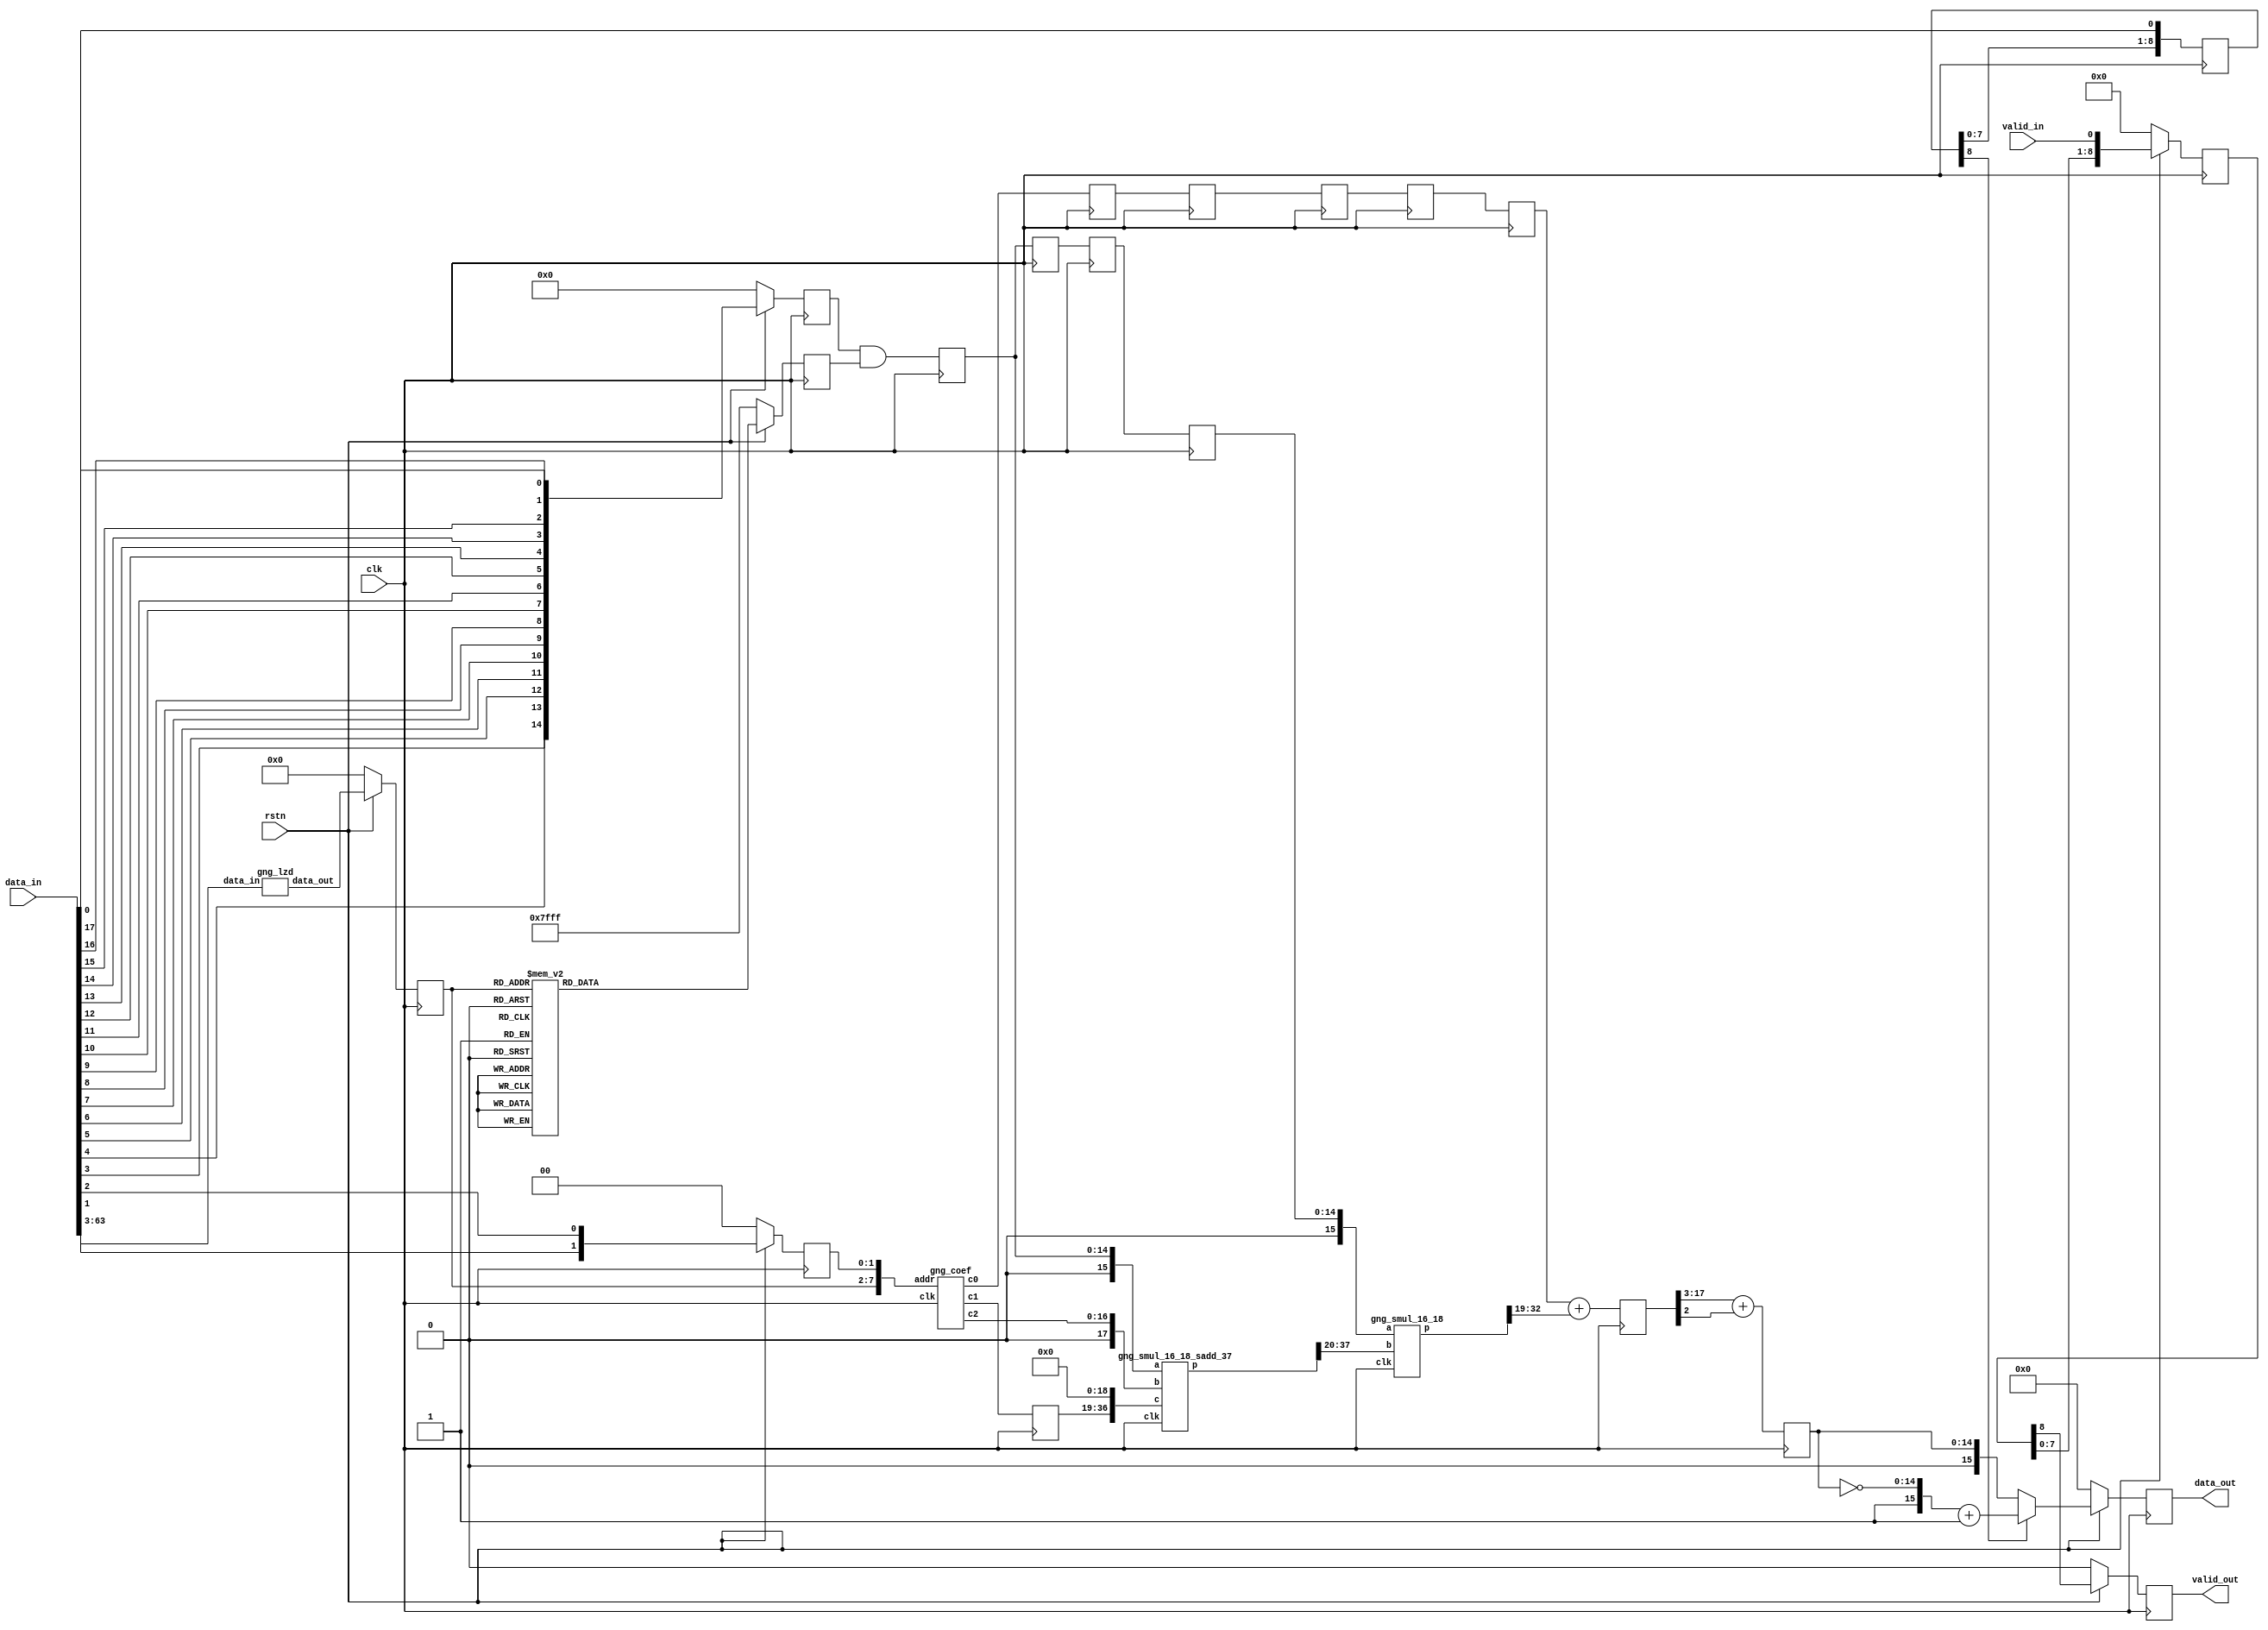

module gng_interp (
    // System signals
    input clk,                    // system clock
    input rstn,                   // system synchronous reset, active low

    // Data interface
    input valid_in,               // input data valid
    input [63:0] data_in,         // input data
    output reg valid_out,         // output data valid
    output reg [15:0] data_out    // output data, s<16,11>
);

// Local variables
wire [5:0] num_lzd;
reg [5:0] num_lzd_r;
reg [14:0] mask;
reg [1:0] offset;
wire [7:0] addr;
wire [17:0] c0;    // u<18,14>
wire [17:0] c1;    // s<18,19>
wire [16:0] c2;    // u<17,23>
reg [14:0] x;      // u<15,15>
reg [14:0] x_r1, x_r2, x_r3, x_r4;   // u<15,15>
reg [17:0] c1_r1;    // s<18,19>
wire [37:0] sum1;    // s<38,38>
wire [17:0] sum1_new;    // s<18,18>
wire [33:0] mul1;    // s<34,33>
wire signed [13:0] mul1_new;    // s<14,14>
reg [17:0] c0_r1, c0_r2, c0_r3, c0_r4, c0_r5;   // u<18,14>
reg signed [18:0] sum2;    // s<19,14>
reg [14:0] sum2_rnd;    // u<15,11>
reg [8:0] sign_r;
reg [8:0] valid_in_r;


// Leading zero detector
gng_lzd u_gng_lzd (
    .data_in(data_in[63:3]),
    .data_out(num_lzd)
);

always @ (posedge clk) begin
    if (!rstn)
        num_lzd_r <= 6'd0;
    else
        num_lzd_r <= num_lzd;
end


// Get mask for value x
always @ (posedge clk) begin
    if (!rstn)
        mask <= 15'b111111111111111;
    else begin
        case (num_lzd_r)
            6'd61:   mask <= 15'b111111111111111;
            6'd60:   mask <= 15'b011111111111111;
            6'd59:   mask <= 15'b101111111111111;
            6'd58:   mask <= 15'b110111111111111;
            6'd57:   mask <= 15'b111011111111111;
            6'd56:   mask <= 15'b111101111111111;
            6'd55:   mask <= 15'b111110111111111;
            6'd54:   mask <= 15'b111111011111111;
            6'd53:   mask <= 15'b111111101111111;
            6'd52:   mask <= 15'b111111110111111;
            6'd51:   mask <= 15'b111111111011111;
            6'd50:   mask <= 15'b111111111101111;
            6'd49:   mask <= 15'b111111111110111;
            6'd48:   mask <= 15'b111111111111011;
            6'd47:   mask <= 15'b111111111111101;
            6'd46:   mask <= 15'b111111111111110;
            default: mask <= 15'b111111111111111;
        endcase
    end
end


// Generate table address and coefficients
always @ (posedge clk) begin
    if (!rstn)
        offset <= 2'd0;
    else
        offset <= {data_in[1], data_in[2]};
end

assign addr = {num_lzd_r, offset};

gng_coef u_gng_coef (
    .clk(clk),
    .addr(addr),
    .c0(c0),
    .c1(c1),
    .c2(c2)
);


// Data delay
always @ (posedge clk) begin
    if (!rstn)
        x <= 15'd0;
    else
        x <= {data_in[3], data_in[4], data_in[5], data_in[6], data_in[7],
              data_in[8], data_in[9], data_in[10], data_in[11], data_in[12],
              data_in[13], data_in[14], data_in[15], data_in[16], data_in[17]};
end

always @ (posedge clk) begin
    x_r1 <= x & mask;
    x_r2 <= x_r1;
    x_r3 <= x_r2;
    x_r4 <= x_r3;
end

always @ (posedge clk) begin
    c1_r1 <= c1;
end

always @ (posedge clk) begin
    c0_r1 <= c0;
    c0_r2 <= c0_r1;
    c0_r3 <= c0_r2;
    c0_r4 <= c0_r3;
    c0_r5 <= c0_r4;
end

always @ (posedge clk) begin
    sign_r <= {sign_r[7:0], data_in[0]};
end

always @ (posedge clk) begin
    if (!rstn)
        valid_in_r <= 9'd0;
    else
        valid_in_r <= {valid_in_r[7:0], valid_in};
end


// Polynomial interpolation of order 2
gng_smul_16_18_sadd_37 u_gng_smul_16_18_sadd_37 (
    .clk(clk),
    .a({1'b0, x_r1}),
    .b({1'b0, c2}),
    .c({c1_r1, 19'd0}),
    .p(sum1)
);

assign sum1_new = sum1[37:20];

gng_smul_16_18 u_gng_smul_16_18 (
    .clk(clk),
    .a({1'b0, x_r4}),
    .b(sum1_new),
    .p(mul1)
);

assign mul1_new = mul1[32:19];

always @ (posedge clk) begin
    sum2 <= $signed({1'b0, c0_r5}) + mul1_new;
end

always @ (posedge clk) begin
    sum2_rnd <= sum2[17:3] + sum2[2];
end


// Output data
always @ (posedge clk) begin
    if (!rstn)
        valid_out <= 1'b0;
    else
        valid_out <= valid_in_r[8];
end

always @ (posedge clk) begin
    if (!rstn)
        data_out <= 16'd0;
    else if (sign_r[8])
        data_out <= {1'b1, ~sum2_rnd} + 1'b1;
    else
        data_out <= {1'b0, sum2_rnd};
end


endmodule
module gng_smul_16_18 (
    // System signals
    input clk,                  // system clock

    // Data interface
    input [15:0] a,             // multiplicand
    input [17:0] b,             // multiplicator
    output [33:0] p             // result
);

// Behavioral model
reg signed [15:0] a_reg;
reg signed [17:0] b_reg;
reg signed [33:0] prod;

always @ (posedge clk) begin
    a_reg <= a;
    b_reg <= b;
end

always @ (posedge clk) begin
    prod <= a_reg * b_reg;
end

assign p = prod;


endmodule
module gng_smul_16_18_sadd_37 (
    // System signals
    input clk,                  // system clock

    // Data interface
    input [15:0] a,             // multiplicand
    input [17:0] b,             // multiplicator
    input [36:0] c,             // adder
    output [37:0] p             // result
);

// Behavioral model
reg signed [15:0] a_reg;
reg signed [17:0] b_reg;
reg signed [36:0] c_reg;
reg signed [33:0] prod;
wire signed [37:0] sum;
reg [37:0] result;

always @ (posedge clk) begin
    a_reg <= a;
    b_reg <= b;
    c_reg <= c;
end

always @ (posedge clk) begin
    prod <= a_reg * b_reg;
end

assign sum = c_reg + prod;

always @ (posedge clk) begin
    result <= sum;
end

assign p = result;


endmodule
module gng_coef (
    // System signals
    input clk,                    // system clock

    // Data interface
    input [7:0] addr,             // read address
    output reg [17:0] c0,         // coefficient c0, u<18,14>
    output reg [17:0] c1,         // coefficient c1, s<18,19>
    output reg [16:0] c2          // coefficient c2, u<17,23>
);

// Local variables
reg [52:0] d;    // {c0, c1, c2}


// Table
always @ (*) begin
    case (addr)
        8'd0  : d = 53'b000010101100101001_100110111110001110_10100011110000000;
        8'd1  : d = 53'b000001111101000111_101001011111011001_01011111011110011;
        8'd2  : d = 53'b000001010001100100_101010111101101110_00110010101000000;
        8'd3  : d = 53'b000000101000010001_101011101111111001_00001111111010011;
        8'd4  : d = 53'b000100100110011110_101100101100100010_10101101110011100;
        8'd5  : d = 53'b000100000010100011_101111010111110111_01110101000001100;
        8'd6  : d = 53'b000011100011000111_110001001011101011_01010011011010011;
        8'd7  : d = 53'b000011000110110001_110010011110011100_00111101101011001;
        8'd8  : d = 53'b000110001000101110_101111110110101010_10100011001000110;
        8'd9  : d = 53'b000101101010111101_110010010111100001_01101111010111011;
        8'd10 : d = 53'b000101010001011010_110100000101110001_01010000111111000;
        8'd11 : d = 53'b000100111010110110_110101010110001001_00111101100100011;
        8'd12 : d = 53'b000111011100110110_110001111001100101_10010111001100011;
        8'd13 : d = 53'b000111000010111111_110100001110101001_01100111010010101;
        8'd14 : d = 53'b000110101101000010_110101110100111010_01001011010000101;
        8'd15 : d = 53'b000110011001110111_110110111111100110_00111001011001010;
        8'd16 : d = 53'b001000100111011000_110011010110100101_10001100100110110;
        8'd17 : d = 53'b001000010000010000_110101100001001100_01011111111010010;
        8'd18 : d = 53'b000111111100110010_110111000000001000_01000101110011111;
        8'd19 : d = 53'b000111101011110111_111000000101011011_00110101001101001;
        8'd20 : d = 53'b001001101010111000_110100011100101111_10000011100100011;
        8'd21 : d = 53'b001001010101110100_110110011110011100_01011001100101001;
        8'd22 : d = 53'b001001000100001010_110111110111000110_01000001000110100;
        8'd23 : d = 53'b001000110100111000_111000110111101101_00110001100011100;
        8'd24 : d = 53'b001010101000111110_110101010011111110_01111011110111110;
        8'd25 : d = 53'b001010010101100000_110111001110000100_01010100001100011;
        8'd26 : d = 53'b001010000101010000_111000100001011001_00111101000110010;
        8'd27 : d = 53'b001001110111001111_111001011110000001_00101110011100100;
        8'd28 : d = 53'b001011100010101101_110110000000110101_01110101010001000;
        8'd29 : d = 53'b001011010000100011_110111110100011001_01001111100101010;
        8'd30 : d = 53'b001011000001011011_111001000011001010_00111001101011010;
        8'd31 : d = 53'b001010110100011010_111001111100011001_00101011110010110;
        8'd32 : d = 53'b001100011000111001_110110100110001001_01101111100010101;
        8'd33 : d = 53'b001100000111110011_111000010100000101_01001011100110010;
        8'd34 : d = 53'b001011111001100110_111001011110111001_00110110101110100;
        8'd35 : d = 53'b001011101101011011_111010010101001100_00101001100000110;
        8'd36 : d = 53'b001101001100000100_110111000101110100_01101010100010001;
        8'd37 : d = 53'b001100111011111001_111000101110110010_01001000000111110;
        8'd38 : d = 53'b001100101110011110_111001110110001010_00110100001010001;
        8'd39 : d = 53'b001100100010111110_111010101001111011_00100111100001111;
        8'd40 : d = 53'b001101111100101100_110111100001000101_01100110000110111;
        8'd41 : d = 53'b001101101101010011_111001000101101101_01000101000011110;
        8'd42 : d = 53'b001101100000100011_111010001010000011_00110001111001101;
        8'd43 : d = 53'b001101010101101000_111010111011100011_00100101110010101;
        8'd44 : d = 53'b001110101011000101_110111111000111001_01100010001010110;
        8'd45 : d = 53'b001110011100011000_111001011001101000_01000010010101101;
        8'd46 : d = 53'b001110010000001101_111010011011010001_00101111111001101;
        8'd47 : d = 53'b001110000101110011_111011001010110011_00100100010000001;
        8'd48 : d = 53'b001111010111100001_111000001101111010_01011110101000100;
        8'd49 : d = 53'b001111001001011011_111001101011001001_00111111111001110;
        8'd50 : d = 53'b001110111101110000_111010101010011000_00101110000111001;
        8'd51 : d = 53'b001110110011110011_111011011000001000_00100010111000010;
        8'd52 : d = 53'b010000000010001111_111000100000100111_01011011011100010;
        8'd53 : d = 53'b001111110100101011_111001111010101101_00111101101101001;
        8'd54 : d = 53'b001111101001011101_111010110111110001_00101100100000001;
        8'd55 : d = 53'b001111011111111001_111011100011111010_00100001101001010;
        8'd56 : d = 53'b010000101011011010_111000110001011010_01011000100010101;
        8'd57 : d = 53'b010000011110010100_111010001000101001_00111011101101101;
        8'd58 : d = 53'b010000010011100000_111011000011101110_00101011000010110;
        8'd59 : d = 53'b010000001010010010_111011101110011011_00100000100001110;
        8'd60 : d = 53'b010001010011001011_111001000000100110_01010101111001000;
        8'd61 : d = 53'b010001000110100001_111010010101001110_00111001111001011;
        8'd62 : d = 53'b010000111100000101_111011001110100000_00101001101101110;
        8'd63 : d = 53'b010000110011001011_111011110111111001_00011111100000110;
        8'd64 : d = 53'b010001111001101011_111001001110011010_01010011011101011;
        8'd65 : d = 53'b010001101101011010_111010100000101000_00111000001110110;
        8'd66 : d = 53'b010001100011010011_111011011000010001_00101000011111111;
        8'd67 : d = 53'b010001011010101100_111100000000011100_00011110100101010;
        8'd68 : d = 53'b010010011111000010_111001011011000010_01010001001101111;
        8'd69 : d = 53'b010010010011001000_111010101011000011_00110110101100101;
        8'd70 : d = 53'b010010001001010100_111011100001001011_00100111011000011;
        8'd71 : d = 53'b010010000000111110_111100001000001111_00011101101110101;
        8'd72 : d = 53'b010011000011010100_111001100110101010_01001111001001001;
        8'd73 : d = 53'b010010110111110000_111010110100101000_00110101010001111;
        8'd74 : d = 53'b010010101110001110_111011101001010101_00100110010110010;
        8'd75 : d = 53'b010010100110000111_111100001111011000_00011100111100001;
        8'd76 : d = 53'b010011100110101001_111001110001011000_01001101001101110;
        8'd77 : d = 53'b010011011011011000_111010111101011100_00110011111101110;
        8'd78 : d = 53'b010011010010000110_111011110000110110_00100101011000111;
        8'd79 : d = 53'b010011001010001101_111100010101111100_00011100001101100;
        8'd80 : d = 53'b010100001001000100_111001111011010100_01001011011010110;
        8'd81 : d = 53'b010011111110000101_111011000101100111_00110010101111010;
        8'd82 : d = 53'b010011110101000010_111011110111110011_00100100011111111;
        8'd83 : d = 53'b010011101101010110_111100011100000001_00011011100010000;
        8'd84 : d = 53'b010100101010101001_111010000100100011_01001001101111010;
        8'd85 : d = 53'b010100011111111011_111011001101001100_00110001100110000;
        8'd86 : d = 53'b010100010111000110_111011111110010000_00100011101010101;
        8'd87 : d = 53'b010100001111100110_111100100001101001_00011010111001100;
        8'd88 : d = 53'b010101001011011100_111010001101001011_01001000001010100;
        8'd89 : d = 53'b010101000000111110_111011010100010000_00110000100001100;
        8'd90 : d = 53'b010100111000010110_111100000100010001_00100010111000110;
        8'd91 : d = 53'b010100110001000001_111100100110111000_00011010010011100;
        8'd92 : d = 53'b010101101011100000_111010010101001111_01000110101011110;
        8'd93 : d = 53'b010101100001010001_111011011010111000_00101111100001000;
        8'd94 : d = 53'b010101011000110110_111100001001111000_00100010001010000;
        8'd95 : d = 53'b010101010001101011_111100101011110001_00011001110000000;
        8'd96 : d = 53'b010110001010111001_111010011100110100_01000101010010101;
        8'd97 : d = 53'b010110000000110111_111011100001000100_00101110100100011;
        8'd98 : d = 53'b010101111000101000_111100001111001001_00100001011110000;
        8'd99 : d = 53'b010101110001100111_111100110000010110_00011001001110100;
        8'd100: d = 53'b010110101001101001_111010100011111100_01000011111110011;
        8'd101: d = 53'b010110011111110100_111011100110111001_00101101101011001;
        8'd102: d = 53'b010110010111101111_111100010100000101_00100000110100100;
        8'd103: d = 53'b010110010000111000_111100110100101001_00011000101111000;
        8'd104: d = 53'b010111000111110010_111010101010101010_01000010101110101;
        8'd105: d = 53'b010110111110001010_111011101100011001_00101100110101000;
        8'd106: d = 53'b010110110110001111_111100011000101111_00100000001101010;
        8'd107: d = 53'b010110101111100000_111100111000101100_00011000010001010;
        8'd108: d = 53'b010111100101010111_111010110001000000_01000001100011001;
        8'd109: d = 53'b010111011011111010_111011110001100101_00101100000001110;
        8'd110: d = 53'b010111010100001000_111100011101001000_00011111101000001;
        8'd111: d = 53'b010111001101100010_111100111100100000_00010111110101000;
        8'd112: d = 53'b011000000010011001_111010110111000001_01000000011011011;
        8'd113: d = 53'b010111111001000111_111011110110011111_00101011010001001;
        8'd114: d = 53'b010111110001011110_111100100001010011_00011111000100111;
        8'd115: d = 53'b010111101011000000_111101000000000111_00010111011010010;
        8'd116: d = 53'b011000011110111010_111010111100101110_00111111010111001;
        8'd117: d = 53'b011000010101110010_111011111011001001_00101010100010111;
        8'd118: d = 53'b011000001110010011_111100100101001111_00011110100011011;
        8'd119: d = 53'b011000000111111011_111101000011100010_00010111000000111;
        8'd120: d = 53'b011000111010111100_111011000010001010_00111110010110001;
        8'd121: d = 53'b011000110001111110_111011111111100100_00101001110110111;
        8'd122: d = 53'b011000101010100111_111100101000111110_00011110000011100;
        8'd123: d = 53'b011000100100010110_111101000110110010_00010110101000110;
        8'd124: d = 53'b011001010110100001_111011000111010100_00111101011000001;
        8'd125: d = 53'b011001001101101100_111100000011110001_00101001001100110;
        8'd126: d = 53'b011001000110011100_111100101100100010_00011101100101001;
        8'd127: d = 53'b011001000000010011_111101001001111000_00010110010001110;
        8'd128: d = 53'b011001110001101001_111011001100001111_00111100011100111;
        8'd129: d = 53'b011001101000111101_111100000111110010_00101000100100101;
        8'd130: d = 53'b011001100001110101_111100101111111011_00011101001000001;
        8'd131: d = 53'b011001011011110010_111101001100110100_00010101111011110;
        8'd132: d = 53'b011010001100010110_111011010000111100_00111011100100001;
        8'd133: d = 53'b011010000011110011_111100001011100111_00100111111110010;
        8'd134: d = 53'b011001111100110010_111100110011001001_00011100101100011;
        8'd135: d = 53'b011001110110110101_111101001111100111_00010101100110101;
        8'd136: d = 53'b011010100110101010_111011010101011011_00111010101101111;
        8'd137: d = 53'b011010011110001111_111100001111010001_00100111011001101;
        8'd138: d = 53'b011010010111010101_111100110110001111_00011100010001111;
        8'd139: d = 53'b011010010001011101_111101010010010010_00010101010010101;
        8'd140: d = 53'b011011000000100101_111011011001101110_00111001111001110;
        8'd141: d = 53'b011010111000010010_111100010010110001_00100110110110011;
        8'd142: d = 53'b011010110001011110_111100111001001100_00011011111000011;
        8'd143: d = 53'b011010101011101100_111101010100110110_00010100111111010;
        8'd144: d = 53'b011011011010001001_111011011101110110_00111001000111110;
        8'd145: d = 53'b011011010001111101_111100010110000111_00100110010100100;
        8'd146: d = 53'b011011001011001111_111100111100000001_00011011100000000;
        8'd147: d = 53'b011011000101100010_111101010111010011_00010100101100111;
        8'd148: d = 53'b011011110011010110_111011100001110011_00111000010111101;
        8'd149: d = 53'b011011101011010001_111100011001010101_00100101110100000;
        8'd150: d = 53'b011011100100101001_111100111110101111_00011011001000100;
        8'd151: d = 53'b011011011111000010_111101011001101010_00010100011011000;
        8'd152: d = 53'b011100001100001101_111011100101100111_00110111101001100;
        8'd153: d = 53'b011100000100001111_111100011100011011_00100101010100110;
        8'd154: d = 53'b011011111101101101_111101000001010110_00011010110001111;
        8'd155: d = 53'b011011111000001010_111101011011111010_00010100001010000;
        8'd156: d = 53'b011100100100110000_111011101001010001_00110110111100111;
        8'd157: d = 53'b011100011100111000_111100011111011001_00100100110110110;
        8'd158: d = 53'b011100010110011100_111101000011110110_00011010011100010;
        8'd159: d = 53'b011100010000111110_111101011110000101_00010011111001101;
        8'd160: d = 53'b011100111100111110_111011101100110010_00110110010010000;
        8'd161: d = 53'b011100110101001101_111100100010001111_00100100011001110;
        8'd162: d = 53'b011100101110110110_111101000110010000_00011010000111010;
        8'd163: d = 53'b011100101001011100_111101100000001010_00010011101001110;
        8'd164: d = 53'b011101010100111001_111011110000001011_00110101101000101;
        8'd165: d = 53'b011101001101001110_111100100101000000_00100011111101110;
        8'd166: d = 53'b011101000110111100_111101001000100101_00011001110011001;
        8'd167: d = 53'b011101000001100111_111101100010001010_00010011011010100;
        8'd168: d = 53'b011101101100100001_111011110011011100_00110101000000101;
        8'd169: d = 53'b011101100100111101_111100100111101001_00100011100010111;
        8'd170: d = 53'b011101011110101111_111101001010110100_00011001011111101;
        8'd171: d = 53'b011101011001011110_111101100100000110_00010011001011110;
        8'd172: d = 53'b011110000011111000_111011110110100110_00110100011010000;
        8'd173: d = 53'b011101111100011001_111100101010001101_00100011001000110;
        8'd174: d = 53'b011101110110010000_111101001100111110_00011001001100111;
        8'd175: d = 53'b011101110001000011_111101100101111110_00010010111101101;
        8'd176: d = 53'b011110011010111101_111011111001101001_00110011110100110;
        8'd177: d = 53'b011110010011100100_111100101100101011_00100010101111100;
        8'd178: d = 53'b011110001101011111_111101001111000011_00011000111010110;
        8'd179: d = 53'b011110001000010110_111101100111110001_00010010101111111;
        8'd180: d = 53'b011110110001110001_111011111100100101_00110011010000101;
        8'd181: d = 53'b011110101010011101_111100101111000100_00100010010111001;
        8'd182: d = 53'b011110100100011101_111101010001000100_00011000101001001;
        8'd183: d = 53'b011110011111011000_111101101001100000_00010010100010100;
        8'd184: d = 53'b011111001000010110_111011111111011011_00110010101101101;
        8'd185: d = 53'b011111000001000111_111100110001011000_00100001111111101;
        8'd186: d = 53'b011110111011001011_111101010011000000_00011000011000001;
        8'd187: d = 53'b011110110110001001_111101101011001100_00010010010101110;
        8'd188: d = 53'b011111011110101010_111100000010001100_00110010001011110;
        8'd189: d = 53'b011111010111100000_111100110011100111_00100001101000110;
        8'd190: d = 53'b011111010001101001_111101010100111001_00011000000111101;
        8'd191: d = 53'b011111001100101010_111101101100110100_00010010001001010;
        8'd192: d = 53'b011111110100101111_111100000100110111_00110001101011000;
        8'd193: d = 53'b011111101101101010_111100110101110010_00100001010010101;
        8'd194: d = 53'b011111100111110111_111101010110101101_00010111110111110;
        8'd195: d = 53'b011111100010111100_111101101110011001_00010001111101010;
        8'd196: d = 53'b100000001010100110_111100000111011101_00110001001011010;
        8'd197: d = 53'b100000000011100101_111100110111111000_00100000111101010;
        8'd198: d = 53'b011111111101110110_111101011000011110_00010111101000010;
        8'd199: d = 53'b011111111000111110_111101101111111010_00010001110001100;
        8'd200: d = 53'b100000100000001110_111100001001111101_00110000101100101;
        8'd201: d = 53'b100000011001010010_111100111001111010_00100000101000100;
        8'd202: d = 53'b100000010011100110_111101011010001100_00010111011001011;
        8'd203: d = 53'b100000001110110010_111101110001011001_00010001100110010;
        8'd204: d = 53'b100000110101101001_111100001100011001_00110000001111001;
        8'd205: d = 53'b100000101110110001_111100111011111000_00100000010100101;
        8'd206: d = 53'b100000101001001001_111101011011110110_00010111001011000;
        8'd207: d = 53'b100000100100011000_111101110010110101_00010001011011011;
        8'd208: d = 53'b100001001010110110_111100001110110000_00101111110011010;
        8'd209: d = 53'b100001000100000010_111100111101110011_00100000000001101;
        8'd210: d = 53'b100000111110011110_111101011101011101_00010110111101010;
        8'd211: d = 53'b100000111001101111_111101110100001110_00010001010001000;
        8'd212: d = 53'b100001011111110110_111100010001000010_00101111011001100;
        8'd213: d = 53'b100001011001000111_111100111111101001_00011111101111111;
        8'd214: d = 53'b100001010011100101_111101011111000001_00010110110000010;
        8'd215: d = 53'b100001001110111010_111101110101100100_00010001000111001;
        8'd216: d = 53'b100001110100101001_111100010011001110_00101111000011000;
        8'd217: d = 53'b100001101101111110_111101000001011100_00011111100000001;
        8'd218: d = 53'b100001101000100000_111101100000100010_00010110100100101;
        8'd219: d = 53'b100001100011110111_111101110110111000_00010000111110001;
        8'd220: d = 53'b100010001001010000_111100010101010100_00101110110010010;
        8'd221: d = 53'b100010000010101001_111101000011001010_00011111010011101;
        8'd222: d = 53'b100001111101001110_111101100001111111_00010110011011000;
        8'd223: d = 53'b100001111000101000_111101111000001001_00010000110110100;
        8'd224: d = 53'b100010011101101011_111100010111010010_00101110101100100;
        8'd225: d = 53'b100010010111000111_111101000100110010_00011111001101001;
        8'd226: d = 53'b100010010001110000_111101100011011000_00010110010101000;
        8'd227: d = 53'b100010001101001101_111101111001010110_00010000110001010;
        8'd228: d = 53'b100010110001111010_111100011001000101_00101110111011101;
        8'd229: d = 53'b100010101011011010_111101000110010011_00011111010010001;
        8'd230: d = 53'b100010100110000110_111101100100101100_00010110010110000;
        8'd231: d = 53'b100010100001100101_111101111010100000_00010000110000101;
        8'd232: d = 53'b100011000101111110_111100011010100111_00101111110100001;
        8'd233: d = 53'b100010111111100010_111101000111101011_00011111101101110;
        8'd234: d = 53'b100010111010010000_111101100101111001_00010110100100111;
        8'd235: d = 53'b100010110101110010_111101111011100101_00010000111001000;
        8'd236: d = 53'b100011011001110111_111100101000100000_00000000000000000;
        8'd237: d = 53'b100011010011011110_111101010001001010_00000000000000000;
        8'd238: d = 53'b100011001110010000_111101101100110110_00000000000000000;
        8'd239: d = 53'b100011001001110100_111110000000111011_00000000000000000;
        8'd240: d = 53'b100011101101100101_000000000000000000_00000000000000000;
        8'd241: d = 53'b100011100111010000_000000000000000000_00000000000000000;
        8'd242: d = 53'b100011100010000100_000000000000000000_00000000000000000;
        8'd243: d = 53'b100011011101101011_000000000000000000_00000000000000000;
        8'd244: d = 53'b100100100111110000_000000000000000000_00000000000000000;
        8'd245: d = 53'b100100010100100001_000000000000000000_00000000000000000;
        8'd246: d = 53'b100100000001001000_000000000000000000_00000000000000000;
        8'd247: d = 53'b100011110101101101_000000000000000000_00000000000000000;
        default: d = 53'd0;
    endcase
end


// Output data
always @ (posedge clk) begin
    c0 <= d[52:35];
    c1 <= d[34:17];
    c2 <= d[16:0];
end


endmodule
module gng_lzd (
    // Data interface
    input [60:0] data_in,        // input data
    output [5:0] data_out        // output number of leading zeros
);

// Local variables
wire [63:0] d;
wire p1 [31:0];
wire [31:0] v1;
wire [1:0] p2 [15:0];
wire [15:0] v2;
wire [2:0] p3 [7:0];
wire [7:0] v3;
wire [3:0] p4 [3:0];
wire [3:0] v4;
wire [4:0] p5 [1:0];
wire [1:0] v5;
wire [5:0] p6;


// Parallel structure
assign d = {data_in, 3'b111};    // fill last 3 bits with '1'

assign p1[0 ] = ~d[1 ];
assign p1[1 ] = ~d[3 ];
assign p1[2 ] = ~d[5 ];
assign p1[3 ] = ~d[7 ];
assign p1[4 ] = ~d[9 ];
assign p1[5 ] = ~d[11];
assign p1[6 ] = ~d[13];
assign p1[7 ] = ~d[15];
assign p1[8 ] = ~d[17];
assign p1[9 ] = ~d[19];
assign p1[10] = ~d[21];
assign p1[11] = ~d[23];
assign p1[12] = ~d[25];
assign p1[13] = ~d[27];
assign p1[14] = ~d[29];
assign p1[15] = ~d[31];
assign p1[16] = ~d[33];
assign p1[17] = ~d[35];
assign p1[18] = ~d[37];
assign p1[19] = ~d[39];
assign p1[20] = ~d[41];
assign p1[21] = ~d[43];
assign p1[22] = ~d[45];
assign p1[23] = ~d[47];
assign p1[24] = ~d[49];
assign p1[25] = ~d[51];
assign p1[26] = ~d[53];
assign p1[27] = ~d[55];
assign p1[28] = ~d[57];
assign p1[29] = ~d[59];
assign p1[30] = ~d[61];
assign p1[31] = ~d[63];
assign v1[0 ] = d[0 ] | d[1 ];
assign v1[1 ] = d[2 ] | d[3 ];
assign v1[2 ] = d[4 ] | d[5 ];
assign v1[3 ] = d[6 ] | d[7 ];
assign v1[4 ] = d[8 ] | d[9 ];
assign v1[5 ] = d[10] | d[11];
assign v1[6 ] = d[12] | d[13];
assign v1[7 ] = d[14] | d[15];
assign v1[8 ] = d[16] | d[17];
assign v1[9 ] = d[18] | d[19];
assign v1[10] = d[20] | d[21];
assign v1[11] = d[22] | d[23];
assign v1[12] = d[24] | d[25];
assign v1[13] = d[26] | d[27];
assign v1[14] = d[28] | d[29];
assign v1[15] = d[30] | d[31];
assign v1[16] = d[32] | d[33];
assign v1[17] = d[34] | d[35];
assign v1[18] = d[36] | d[37];
assign v1[19] = d[38] | d[39];
assign v1[20] = d[40] | d[41];
assign v1[21] = d[42] | d[43];
assign v1[22] = d[44] | d[45];
assign v1[23] = d[46] | d[47];
assign v1[24] = d[48] | d[49];
assign v1[25] = d[50] | d[51];
assign v1[26] = d[52] | d[53];
assign v1[27] = d[54] | d[55];
assign v1[28] = d[56] | d[57];
assign v1[29] = d[58] | d[59];
assign v1[30] = d[60] | d[61];
assign v1[31] = d[62] | d[63];

assign p2[0 ] = {~v1[1 ], (v1[1 ] ? p1[1 ] : p1[0 ])};
assign p2[1 ] = {~v1[3 ], (v1[3 ] ? p1[3 ] : p1[2 ])};
assign p2[2 ] = {~v1[5 ], (v1[5 ] ? p1[5 ] : p1[4 ])};
assign p2[3 ] = {~v1[7 ], (v1[7 ] ? p1[7 ] : p1[6 ])};
assign p2[4 ] = {~v1[9 ], (v1[9 ] ? p1[9 ] : p1[8 ])};
assign p2[5 ] = {~v1[11], (v1[11] ? p1[11] : p1[10])};
assign p2[6 ] = {~v1[13], (v1[13] ? p1[13] : p1[12])};
assign p2[7 ] = {~v1[15], (v1[15] ? p1[15] : p1[14])};
assign p2[8 ] = {~v1[17], (v1[17] ? p1[17] : p1[16])};
assign p2[9 ] = {~v1[19], (v1[19] ? p1[19] : p1[18])};
assign p2[10] = {~v1[21], (v1[21] ? p1[21] : p1[20])};
assign p2[11] = {~v1[23], (v1[23] ? p1[23] : p1[22])};
assign p2[12] = {~v1[25], (v1[25] ? p1[25] : p1[24])};
assign p2[13] = {~v1[27], (v1[27] ? p1[27] : p1[26])};
assign p2[14] = {~v1[29], (v1[29] ? p1[29] : p1[28])};
assign p2[15] = {~v1[31], (v1[31] ? p1[31] : p1[30])};
assign v2[0 ] = v1[1 ] | v1[0 ];
assign v2[1 ] = v1[3 ] | v1[2 ];
assign v2[2 ] = v1[5 ] | v1[4 ];
assign v2[3 ] = v1[7 ] | v1[6 ];
assign v2[4 ] = v1[9 ] | v1[8 ];
assign v2[5 ] = v1[11] | v1[10];
assign v2[6 ] = v1[13] | v1[12];
assign v2[7 ] = v1[15] | v1[14];
assign v2[8 ] = v1[17] | v1[16];
assign v2[9 ] = v1[19] | v1[18];
assign v2[10] = v1[21] | v1[20];
assign v2[11] = v1[23] | v1[22];
assign v2[12] = v1[25] | v1[24];
assign v2[13] = v1[27] | v1[26];
assign v2[14] = v1[29] | v1[28];
assign v2[15] = v1[31] | v1[30];

assign p3[0] = {~v2[1 ], (v2[1 ] ? p2[1 ] : p2[0 ])};
assign p3[1] = {~v2[3 ], (v2[3 ] ? p2[3 ] : p2[2 ])};
assign p3[2] = {~v2[5 ], (v2[5 ] ? p2[5 ] : p2[4 ])};
assign p3[3] = {~v2[7 ], (v2[7 ] ? p2[7 ] : p2[6 ])};
assign p3[4] = {~v2[9 ], (v2[9 ] ? p2[9 ] : p2[8 ])};
assign p3[5] = {~v2[11], (v2[11] ? p2[11] : p2[10])};
assign p3[6] = {~v2[13], (v2[13] ? p2[13] : p2[12])};
assign p3[7] = {~v2[15], (v2[15] ? p2[15] : p2[14])};
assign v3[0] = v2[1 ] | v2[0 ];
assign v3[1] = v2[3 ] | v2[2 ];
assign v3[2] = v2[5 ] | v2[4 ];
assign v3[3] = v2[7 ] | v2[6 ];
assign v3[4] = v2[9 ] | v2[8 ];
assign v3[5] = v2[11] | v2[10];
assign v3[6] = v2[13] | v2[12];
assign v3[7] = v2[15] | v2[14];

assign p4[0] = {~v3[1], (v3[1] ? p3[1] : p3[0])};
assign p4[1] = {~v3[3], (v3[3] ? p3[3] : p3[2])};
assign p4[2] = {~v3[5], (v3[5] ? p3[5] : p3[4])};
assign p4[3] = {~v3[7], (v3[7] ? p3[7] : p3[6])};
assign v4[0] = v3[1] | v3[0];
assign v4[1] = v3[3] | v3[2];
assign v4[2] = v3[5] | v3[4];
assign v4[3] = v3[7] | v3[6];

assign p5[0] = {~v4[1], (v4[1] ? p4[1] : p4[0])};
assign p5[1] = {~v4[3], (v4[3] ? p4[3] : p4[2])};
assign v5[0] = v4[1] | v4[0];
assign v5[1] = v4[3] | v4[2];

assign p6 = {~v5[1], (v5[1] ? p5[1] : p5[0])};


// Output data
assign data_out = p6;


endmodule